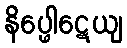
နိပ္ဖေါဋေယျ